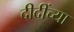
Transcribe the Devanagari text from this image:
दीदींच्या